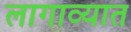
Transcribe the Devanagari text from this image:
लागाव्यात